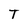
Character: T